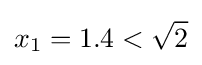
x_{1}=1.4<{\sqrt {2}}